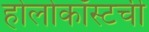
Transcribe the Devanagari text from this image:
होलोकॉस्टची